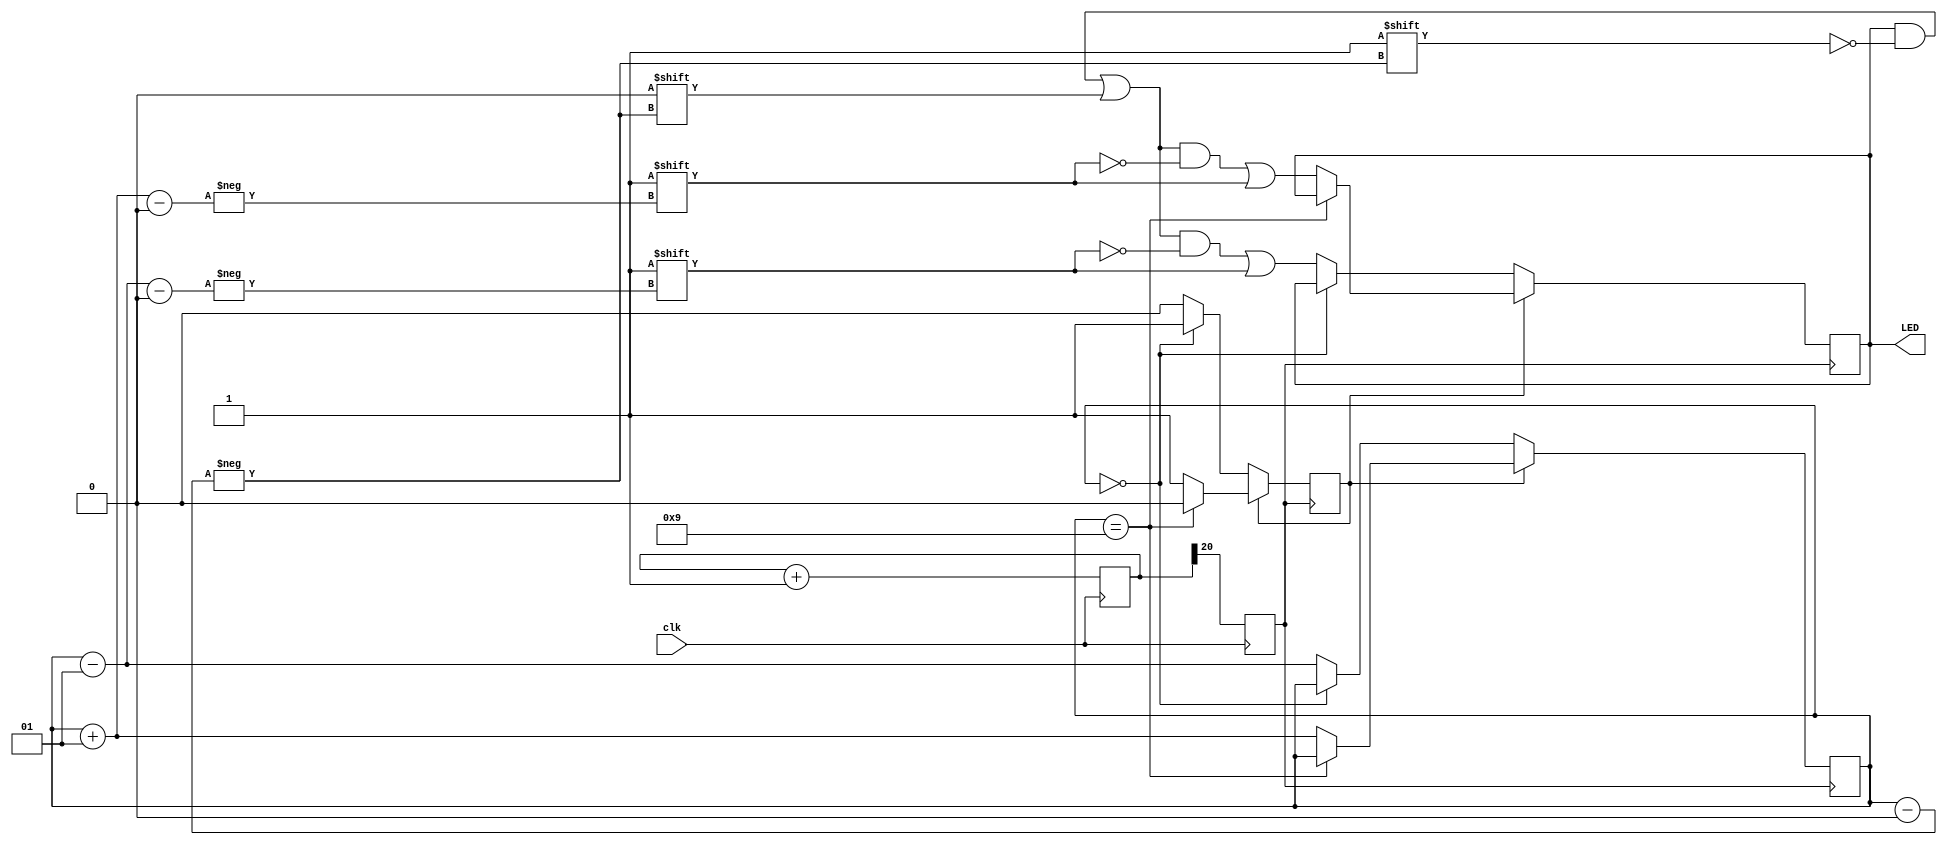

module Magic(
	output		     [9:0]		LED,
	input								clk
);


reg [20:0] count1; 
reg flash;
//generates a counter with 20 bits


always @(posedge clk) begin
  flash 	<= count1[20];
  count1    <= count1 + 1;
end
//counts up on the positive edge of the clock cycle, flash goes on after 2^19 counts off after another 2^19 counts
//this cuases flash to be a clock at around 47Hz


integer i=0;
reg [9:0] pin= 10'b0;
assign LED[9:0]= pin[9:0];
reg dir=1;
//defines the LEDs as regs, generates a direction and has an iterator integer.

always @(posedge flash) begin
	if (dir)	begin 
		if (i==9) dir=0;
		else begin 
			pin[i]=0;
			i=i+1;
			pin[i]=1;
			end
		end//counts up the leds turning each on then off in sequence, until it reaches the top led where it changes direction to 0.
	else	begin 
		if (i==0) dir=1;
		else begin 
			pin[i]=0;
			i=i-1;
			pin[i]=1;	
			end
		end//counts down the leds turning each on then off in sequence, until it reaches the bottom led where it changes direction to 1.
	end


endmodule